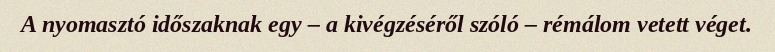
A nyomasztó időszaknak egy – a kivégzéséről szóló – rémálom vetett véget.